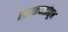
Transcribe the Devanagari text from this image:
रसाळवाडीतून